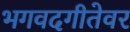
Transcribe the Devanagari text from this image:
भगवदगीतेवर